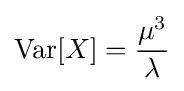
\operatorname {Var} [X]={\frac {\mu ^{3}}{\lambda }}